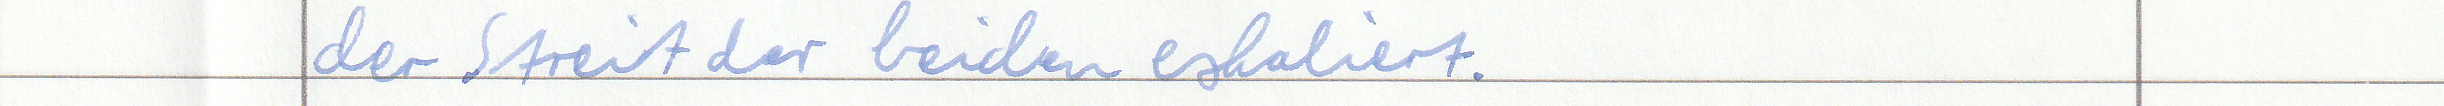
der Streit der beiden eskaliert.